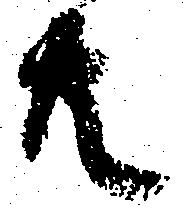
共